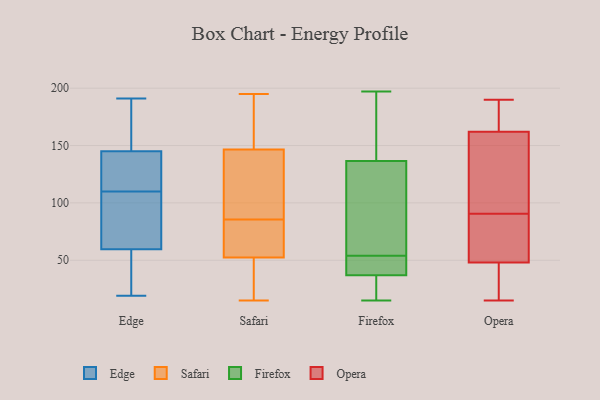
{"axis": {"x": "Market Share (%)", "y": "Value"}, "legend": ["Edge", "Firefox", "Opera", "Safari"], "data": [{"x": "", "y": 141, "type": "Edge"}, {"x": "", "y": 191, "type": "Edge"}, {"x": "", "y": 182, "type": "Edge"}, {"x": "", "y": 151, "type": "Edge"}, {"x": "", "y": 88, "type": "Edge"}, {"x": "", "y": 111, "type": "Edge"}, {"x": "", "y": 79, "type": "Edge"}, {"x": "", "y": 177, "type": "Edge"}, {"x": "", "y": 53, "type": "Edge"}, {"x": "", "y": 143, "type": "Edge"}, {"x": "", "y": 55, "type": "Edge"}, {"x": "", "y": 134, "type": "Edge"}, {"x": "", "y": 47, "type": "Edge"}, {"x": "", "y": 19, "type": "Edge"}, {"x": "", "y": 61, "type": "Edge"}, {"x": "", "y": 110, "type": "Edge"}, {"x": "", "y": 97, "type": "Edge"}, {"x": "", "y": 195, "type": "Safari"}, {"x": "", "y": 18, "type": "Safari"}, {"x": "", "y": 136, "type": "Safari"}, {"x": "", "y": 85, "type": "Safari"}, {"x": "", "y": 157, "type": "Safari"}, {"x": "", "y": 60, "type": "Safari"}, {"x": "", "y": 170, "type": "Safari"}, {"x": "", "y": 62, "type": "Safari"}, {"x": "", "y": 68, "type": "Safari"}, {"x": "", "y": 15, "type": "Safari"}, {"x": "", "y": 187, "type": "Safari"}, {"x": "", "y": 86, "type": "Safari"}, {"x": "", "y": 128, "type": "Safari"}, {"x": "", "y": 45, "type": "Safari"}, {"x": "", "y": 36, "type": "Safari"}, {"x": "", "y": 120, "type": "Safari"}, {"x": "", "y": 86, "type": "Firefox"}, {"x": "", "y": 153, "type": "Firefox"}, {"x": "", "y": 25, "type": "Firefox"}, {"x": "", "y": 15, "type": "Firefox"}, {"x": "", "y": 117, "type": "Firefox"}, {"x": "", "y": 46, "type": "Firefox"}, {"x": "", "y": 195, "type": "Firefox"}, {"x": "", "y": 32, "type": "Firefox"}, {"x": "", "y": 54, "type": "Firefox"}, {"x": "", "y": 34, "type": "Firefox"}, {"x": "", "y": 197, "type": "Firefox"}, {"x": "", "y": 40, "type": "Firefox"}, {"x": "", "y": 183, "type": "Firefox"}, {"x": "", "y": 131, "type": "Firefox"}, {"x": "", "y": 38, "type": "Firefox"}, {"x": "", "y": 59, "type": "Firefox"}, {"x": "", "y": 54, "type": "Firefox"}, {"x": "", "y": 83, "type": "Opera"}, {"x": "", "y": 190, "type": "Opera"}, {"x": "", "y": 39, "type": "Opera"}, {"x": "", "y": 88, "type": "Opera"}, {"x": "", "y": 23, "type": "Opera"}, {"x": "", "y": 85, "type": "Opera"}, {"x": "", "y": 172, "type": "Opera"}, {"x": "", "y": 108, "type": "Opera"}, {"x": "", "y": 162, "type": "Opera"}, {"x": "", "y": 169, "type": "Opera"}, {"x": "", "y": 124, "type": "Opera"}, {"x": "", "y": 68, "type": "Opera"}, {"x": "", "y": 163, "type": "Opera"}, {"x": "", "y": 24, "type": "Opera"}, {"x": "", "y": 93, "type": "Opera"}, {"x": "", "y": 48, "type": "Opera"}, {"x": "", "y": 15, "type": "Opera"}, {"x": "", "y": 144, "type": "Opera"}]}